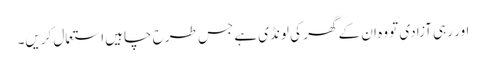
اور رہی آزادی تو وہ ان کے گھر کی لونڈی ہے جس طرح چاہیں استعمال کریں۔